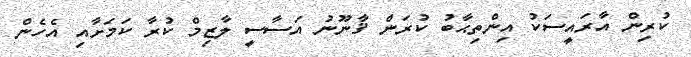
ކުރިން އާރައީސަކު އިންތިޙާބު ކުރަން ޤާނޫނު އަސާސީ ލާޒިމް ކުރާ ކަމަށާއި އެހެން